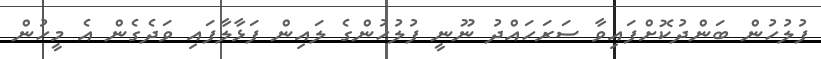
ފުލުހުން ބަންދުކޮށްފައިވާ ސަރަހައްދު ނޫނީ ފުލުހުންގެ ލައިން ފަޅާލާފައި ވަދެގެން އެ މީހުން